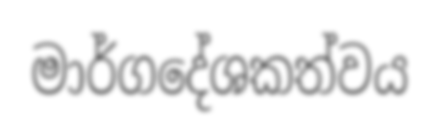
මාර්ගදේශකත්වය